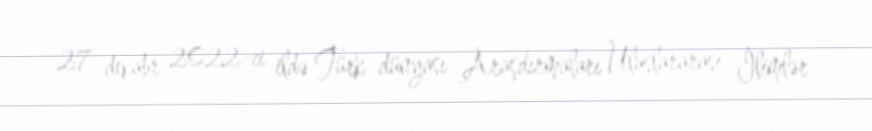
27 dekabr 2022-ci ildə Türk dünyası Araşdırmaları Uluslararası İlimlər